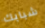
شبابك